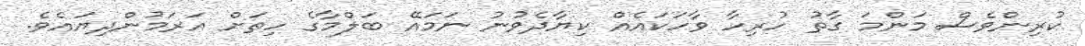
ކުރިންވެސް މަންމަ ގާތު ހުރިހާ ވާހަކައެއް ކިޔާދެވުނު ނަމައޭ ބަލްމާގެ ހިތަށް އަރަމުންދިޔައެވެ.